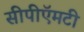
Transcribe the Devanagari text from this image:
सीपीऍमटी